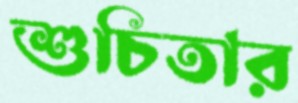
শুচিতার